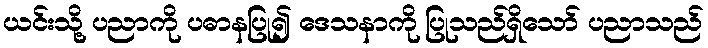
ယင်းသို့ ပညာကို ပဓာနပြု၍ ဒေသနာကို ပြုသည်ရှိသော် ပညာသည်